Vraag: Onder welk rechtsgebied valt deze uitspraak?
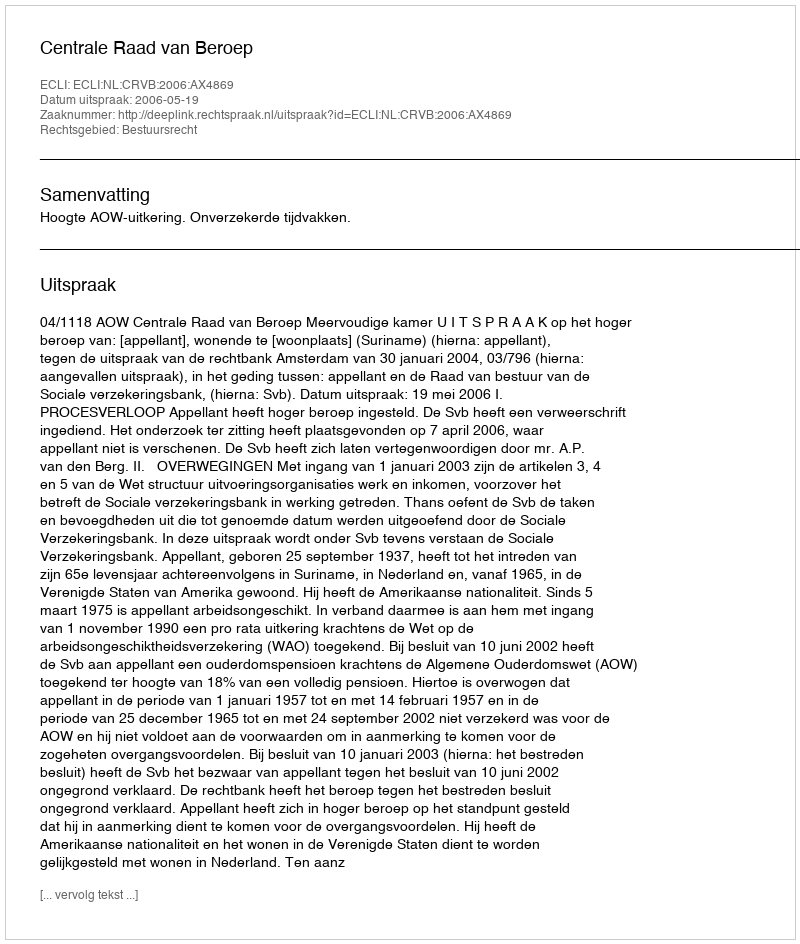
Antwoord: Bestuursrecht